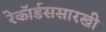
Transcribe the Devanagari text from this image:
रेकॉर्डससारखी